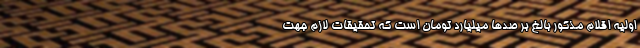
اولیه اقلام مذکور بالغ بر صدها میلیارد تومان است که تحقیقات لازم جهت